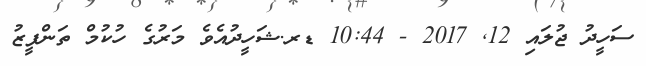
ސަހީދު ޖުލައި 12